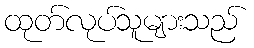
ထုတ်လုပ်သူများသည်